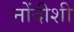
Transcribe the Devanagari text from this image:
नोंदीशी